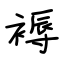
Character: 褥